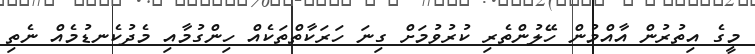
މީގެ އިތުރުން އާއްމުން ހޭލުންތެރި ކުރުވުމަށް ގިނަ ހަރަކާތްތަކެއް ހިންގުމާއި މެދުކެނޑުމެއް ނެތި